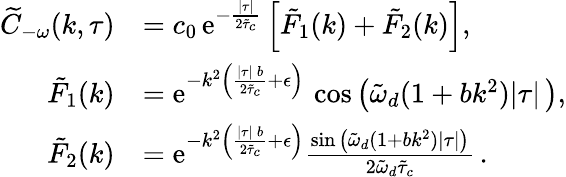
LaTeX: \begin{array}{rl}{\widetilde{C}_{-\omega}(k,\tau)}&{=c_{0}\, \mathrm{e}^{-\frac{\lvert\tau\rvert}{2\tilde{\tau}_{c}}}\left[\tilde{F}_{1}(k)+\tilde{F}_{2}(k)\right],}\\ {\tilde{F}_{1}(k)}&{=\mathrm{e}^{-k^{2}\left(\frac{\lvert\tau\rvert\, b}{2\tilde{\tau}_{c}}+\epsilon\right)}\, \cos\big(\tilde{\omega}_{d}(1+bk^{2})\lvert\tau\rvert\, \big),}\\ {\tilde{F}_{2}(k)}&{=\mathrm{e}^{-k^{2}\left(\frac{\lvert\tau\rvert\, b}{2\tilde{\tau}_{c}}+\epsilon\right)}\frac{\sin\big(\tilde{\omega}_{d}(1+bk^{2})\lvert\tau\rvert\big)}{2\tilde{\omega}_{d}\tilde{\tau}_{c}}\, .}\end{array}